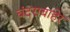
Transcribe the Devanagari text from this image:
बंदराबाहेर